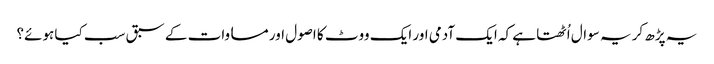
یہ پڑھ کر یہ سوال اُٹھتا ہے کہ ایک آدمی اور ایک ووٹ کا اصول اور مساوات کے سبق سب کیا ہوئے؟